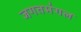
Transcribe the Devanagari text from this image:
जगतमंगल